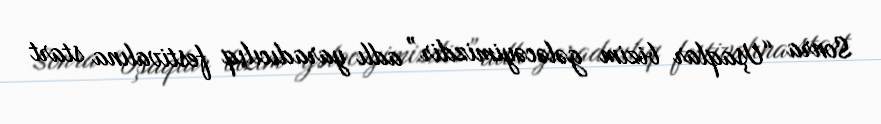
Sonra “Uşaqlar bizim gələcəyimizdir” adlı yaradıcılıq festivalına start